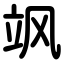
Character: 飒